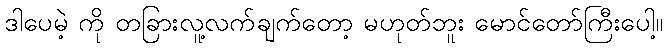
ဒါပေမဲ့ ကို တခြားလူ့လက်ချက်တော့ မဟုတ်ဘူး မောင်တော်ကြီးပေါ့။